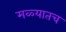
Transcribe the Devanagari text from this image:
मळ्यातच